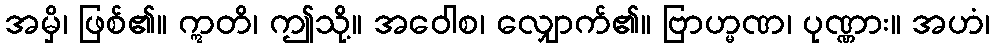
အမှိ၊ ဖြစ်၏။ ဣတိ၊ ဤသို့။ အဝေါစ၊ လျှောက်၏။ ဗြာဟ္မဏ၊ ပုဏ္ဏား။ အဟံ၊